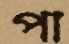
পা